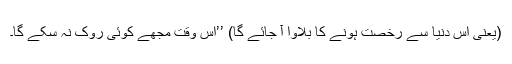
(یعنی اس دنیا سے رخصت ہونے کا بلاوا آ جائے گا) ’’اس وقت مجھے کوئی روک نہ سکے گا۔